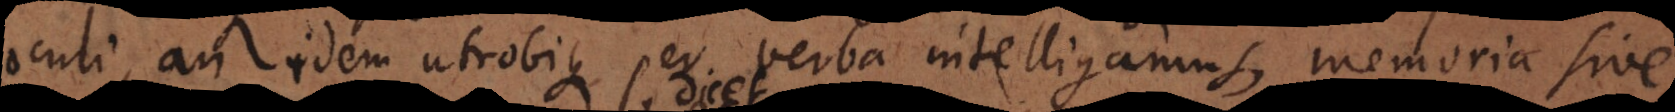
oculi, an idem utrobique per verba intelligamus, memoria sive